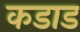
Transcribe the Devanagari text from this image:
कडाड